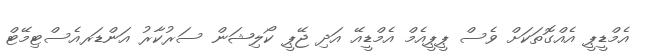
އެމްޑީޕީ އެއްގޮތަކަށް ވެސް ޕީޕީއެމް އެމްޑީއޭ އަދި ޖޭޕީ ކޯލިޝަން ސަރުކާރު އަންޑަރއެސްޓިމޭޓް